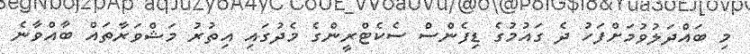
މި ބައްދަލުވުމަށްފަހު ދެ ގައުމުގެ ޑިފެންސް ސެކެޓްރީންގެ މެދުގައި އިތުރު މަޝްވަރާތައް ބާއްވާނެ